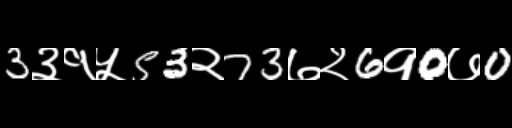
Text: 3३१५53२73७२6१0७0